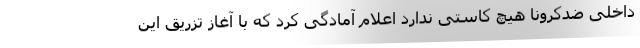
داخلی ضدکرونا هیچ کاستی ندارد اعلام آمادگی کرد که با آغاز تزریق این